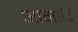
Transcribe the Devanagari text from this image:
आगादि